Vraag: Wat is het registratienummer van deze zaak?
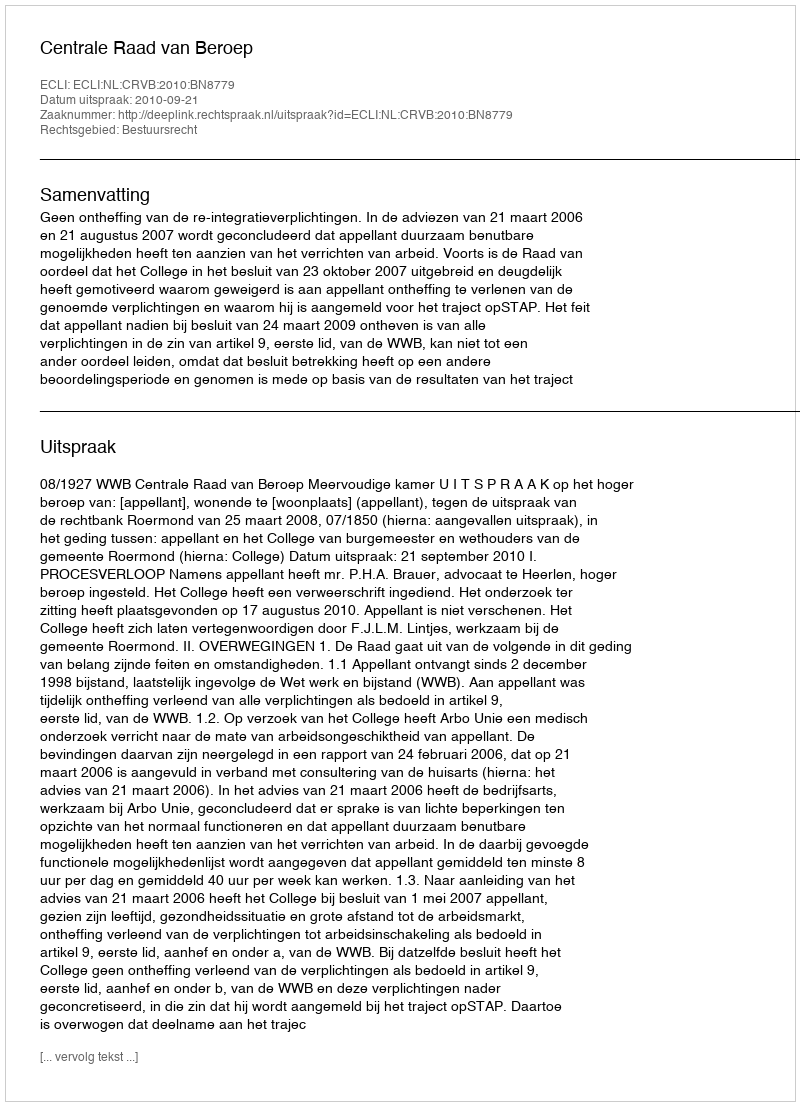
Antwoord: http://deeplink.rechtspraak.nl/uitspraak?id=ECLI:NL:CRVB:2010:BN8779